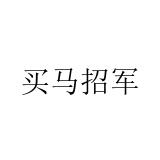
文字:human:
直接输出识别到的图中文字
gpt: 买马招军